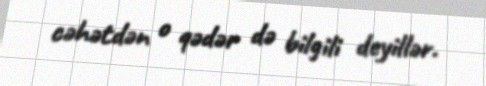
cəhətdən o qədər də bilgili deyillər.